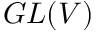
G L ( V )